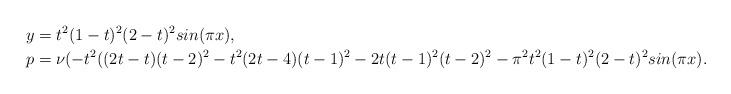
LaTeX: \begin{align*}&y=t^2(1-t)^2(2-t)^2sin(\pi x),\\&p=\nu(-t^2((2t-t)(t-2)^2-t^2(2t-4)(t-1)^2-2t(t-1)^2(t-2)^2-\pi ^2t^2(1-t)^2(2-t)^2sin(\pi x).\end{align*}